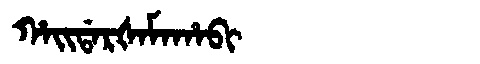
Manchu: ᡥᠠᡳᡩᠠᡵᡧᠠᠮᠠᡥᠠᠪᡳ
Romanization: HAIDARŠAMAHABI